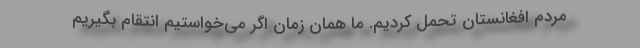
مردم افغانستان تحمل کردیم. ما همان زمان اگر می‌خواستیم انتقام بگیریم